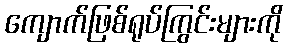
ကျောက်ဖြစ်ရုပ်ကြွင်းများကို